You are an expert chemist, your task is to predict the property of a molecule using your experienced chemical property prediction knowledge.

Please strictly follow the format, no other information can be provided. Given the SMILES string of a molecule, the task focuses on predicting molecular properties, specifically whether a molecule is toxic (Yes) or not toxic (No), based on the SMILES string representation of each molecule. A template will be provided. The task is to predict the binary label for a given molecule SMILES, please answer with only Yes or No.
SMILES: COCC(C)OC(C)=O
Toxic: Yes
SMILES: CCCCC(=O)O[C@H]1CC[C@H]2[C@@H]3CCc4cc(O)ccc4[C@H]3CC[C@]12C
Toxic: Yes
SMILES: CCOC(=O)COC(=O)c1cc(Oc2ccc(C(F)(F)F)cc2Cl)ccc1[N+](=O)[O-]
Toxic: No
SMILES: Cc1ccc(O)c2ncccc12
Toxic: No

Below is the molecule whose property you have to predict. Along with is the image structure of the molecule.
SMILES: CC(C)(C)c1cc(O)ccc1O
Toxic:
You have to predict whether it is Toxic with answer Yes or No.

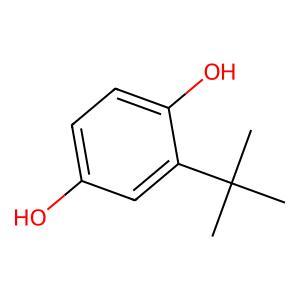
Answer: No